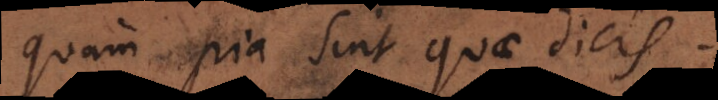
quam pia sint quae dicis.